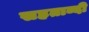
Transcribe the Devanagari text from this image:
सहताब्दी